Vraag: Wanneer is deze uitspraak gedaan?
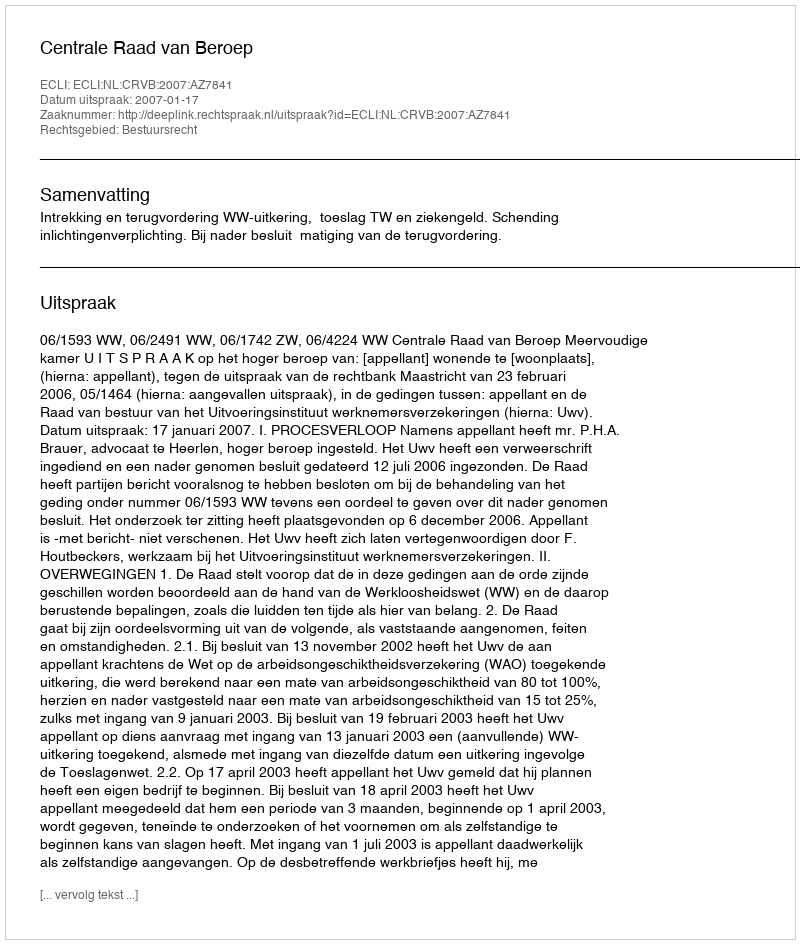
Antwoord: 2007-01-17